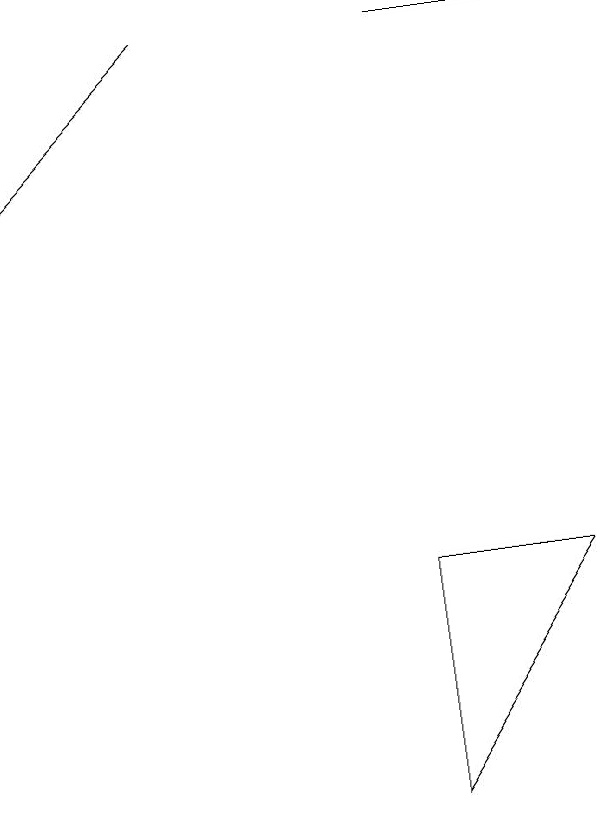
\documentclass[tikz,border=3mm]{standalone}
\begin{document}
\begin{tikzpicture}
\draw[->] (4,14) -- (2,12);
\draw (7,14) rectangle (9,14);
\draw (9,7) -- (7,4) -- (7,7) -- cycle;
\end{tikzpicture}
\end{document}